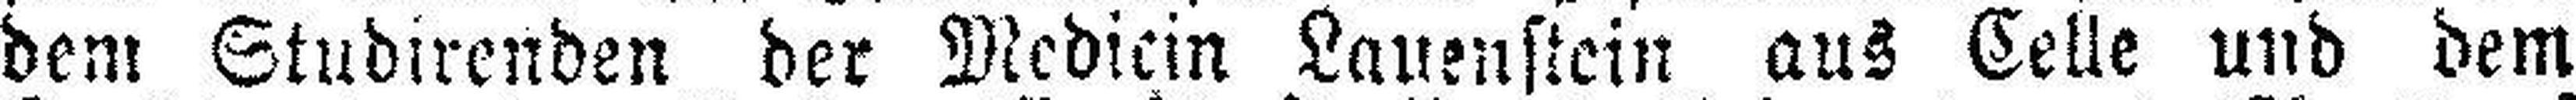
dem Studirenden der Medicin Lauenstein aus Celle und dem